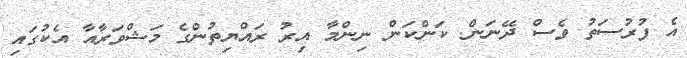
އެ ފުރުސަތު ވެސް ދޭނަން. ކަންކަން ނިންމާ އިރު ރައްޔިތުންގެ މަޝްވަރާއާ އެކުގައި